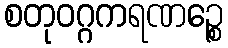
စတုဝဂ္ဂကရဏဉ္စေ